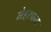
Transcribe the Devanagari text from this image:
मेहरचन्द